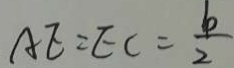
A E = E C = \frac { b } { 2 }